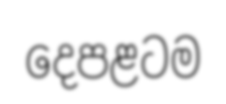
දෙපළටම